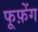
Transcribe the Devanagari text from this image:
फूफ़ेंग